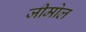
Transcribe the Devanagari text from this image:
जीमोल